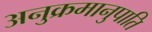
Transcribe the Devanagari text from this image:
अनुक्रमानुपाति